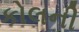
કોલની